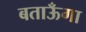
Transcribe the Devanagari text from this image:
बताऊँगा